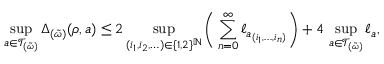
\operatorname* { s u p } _ { a \in \mathcal { T } _ { ( \tilde { \omega } ) } } \Delta _ { ( \tilde { \omega } ) } ( \rho , a ) \leq 2 \operatorname* { s u p } _ { ( i _ { 1 } , i _ { 2 } , \ldots ) \in \{ 1 , 2 \} ^ { \mathbb { N } } } \Bigg ( \sum _ { n = 0 } ^ { \infty } \ell _ { a _ { ( i _ { 1 } , \ldots , i _ { n } ) } } \Bigg ) + 4 \, \operatorname* { s u p } _ { a \in \mathcal { T } _ { ( \tilde { \omega } ) } } \ell _ { a } ,